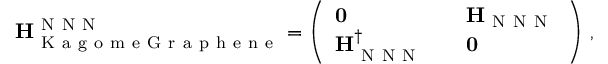
{ \bf H } _ { \mathrm { ~ K ~ a ~ g ~ o ~ m ~ e ~ G ~ r ~ a ~ p ~ h ~ e ~ n ~ e ~ } } ^ { \mathrm { ~ N ~ N ~ N ~ } } = \left( \begin{array} { l l l } { \mathbf { 0 } } & { } & { { \bf H } _ { \mathrm { ~ N ~ N ~ N ~ } } } \\ { { \bf H } _ { \mathrm { ~ N ~ N ~ N ~ } } ^ { \dagger } } & { } & { \mathbf { 0 } } \end{array} \right) \, ,